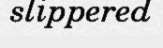
slippered